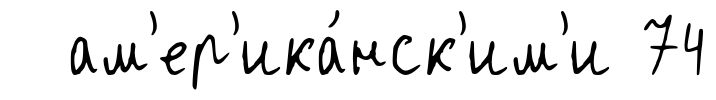
ам'ер'ика́нск'им'и 74